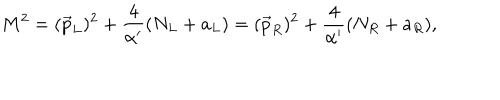
M ^ { 2 } = ( \vec { p } _ { L } ) ^ { 2 } + { \frac { 4 } { \alpha ^ { \prime } } } ( N _ { L } + a _ { L } ) = ( \vec { p } _ { R } ) ^ { 2 } + { \frac { 4 } { \alpha ^ { \prime } } } ( N _ { R } + a _ { R } ) ,